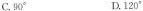
C.90° D.120°